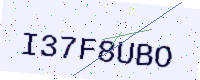
Text: I37F8UBO